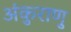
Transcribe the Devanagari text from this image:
अंकुराणु